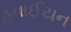
હવાઈયન